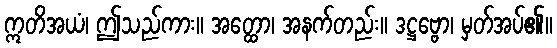
ဣတိအယံ၊ ဤသည်ကား။ အတ္ထော၊ အနက်တည်း။ ဒဋ္ဌဗ္ဗော၊ မှတ်အပ်၏။